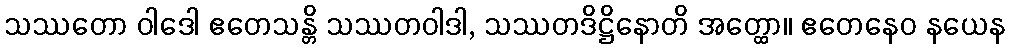
သဿတော ဝါဒေါ ဧတေသန္တိ သဿတဝါဒါ, သဿတဒိဋ္ဌိနောတိ အတ္ထော။ ဧတေနေဝ နယေန